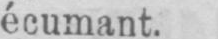
écumant.